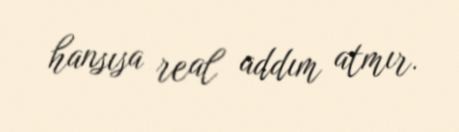
hansısa real addım atmır.